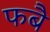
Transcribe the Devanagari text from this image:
फबै